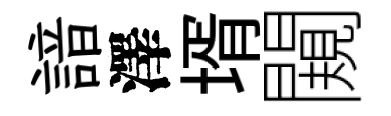
諳澤壻闚